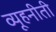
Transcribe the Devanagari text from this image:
व्यूहनीती